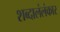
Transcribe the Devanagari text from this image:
शब्दालंलंकार